画像に写った文字を読んでください
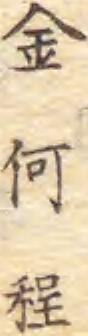
「金何程」と書いてあります